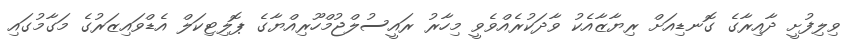
ވިލިފުށީ ދާއިރާގެ ގޮނޑިއަށް ރިޔާޒާއެކު ވާދަކުރެއްވެވީ މިހާރު ރައީސުލްޖުމްހޫރިއްޔާގެ ޕޮލިޓިކަލް އެޑްވައިޒަރުގެ މަގާމުގައި